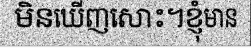
មិនឃើញសោះ។ខ្ញុំមាន